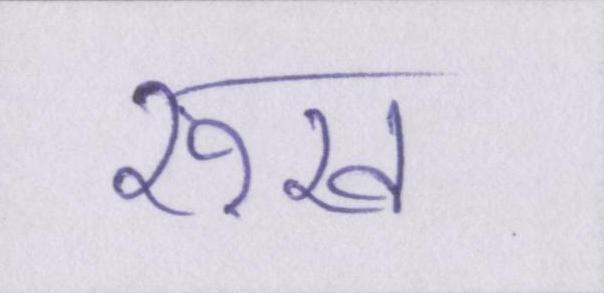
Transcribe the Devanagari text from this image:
रूख